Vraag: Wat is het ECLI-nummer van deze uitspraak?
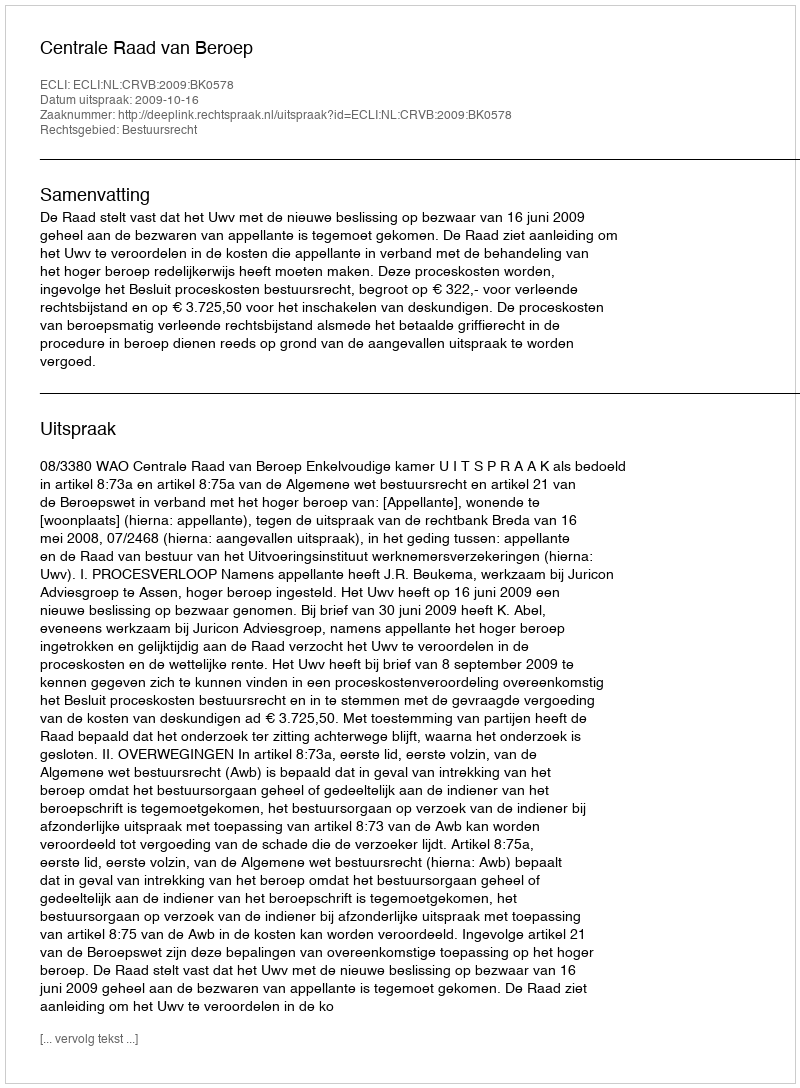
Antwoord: ECLI:NL:CRVB:2009:BK0578